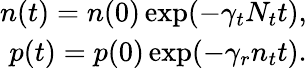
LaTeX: \begin{array}{r}{n(t)=n(0)\exp(-\gamma_{t}N_{t}t),}\\ {p(t)=p(0)\exp(-\gamma_{r}n_{t}t).}\end{array}